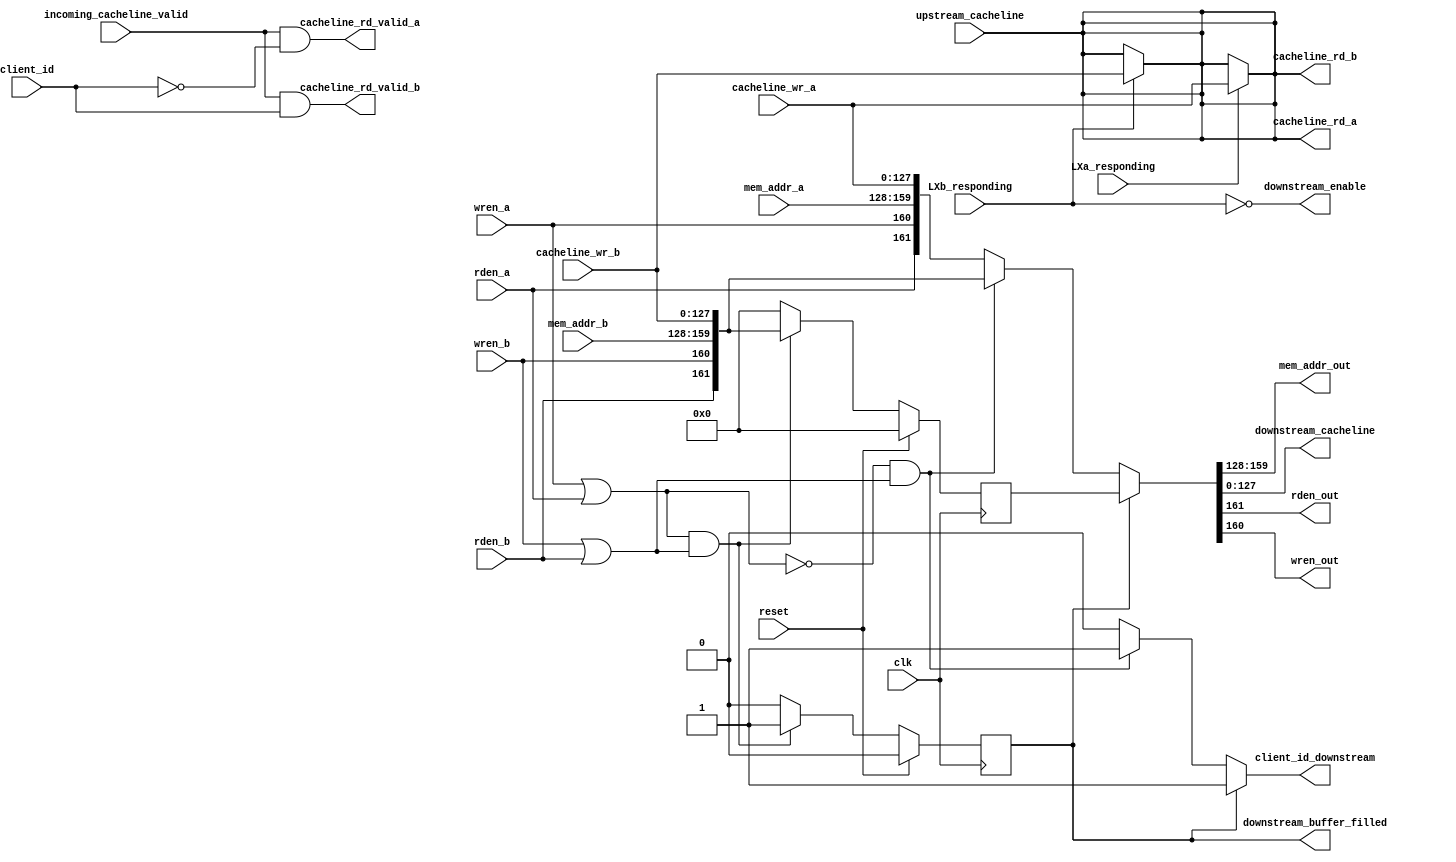
module arbiter(
	// LXa interface
	input  wire [031:0] mem_addr_a,
	input  wire [127:0] cacheline_wr_a,
	input  wire rden_a, wren_a,
	output wire [127:0] cacheline_rd_a,
	output wire cacheline_rd_valid_a,
	input  wire LXa_responding,
	// LXb interface
	input  wire [031:0] mem_addr_b,
	input  wire [127:0] cacheline_wr_b,
	input  wire rden_b, wren_b,
	output wire [127:0] cacheline_rd_b,
	output wire cacheline_rd_valid_b,
	input  wire LXb_responding,
	// memory interface
	input  wire client_id,						// used for returning read requests. Tells about who the issuing client was. 1 for B, 0 for A.
	output reg  client_id_downstream,
	output wire downstream_enable,
	output reg  [031:0] mem_addr_out,
	output reg  [127:0] downstream_cacheline,
	output reg  rden_out, wren_out,
	input  wire [127:0] upstream_cacheline,
	input  wire incoming_cacheline_valid,
	// misc. signals
	output reg  downstream_buffer_filled,
	input  wire clk, reset
);
	// Snooper based data-routing || hotlink datapath.
	assign cacheline_rd_a = LXb_responding ? cacheline_wr_b : upstream_cacheline;
	assign cacheline_rd_b = LXa_responding ? cacheline_wr_a : upstream_cacheline;

	// disable downstream if upstream is in a private conflict resolution
	assign downstream_enable = ~(LXb_responding | LXb_responding);

	// *** *** *** Downstream Arbitration *** *** *** //
	reg  [128+32+2-1:0] downstream_buffer;

	// MAIN IDEA: If two requests arrive together, one of them goes to the waiting buffer. downstream_buffer_filled goes high.
	// WARN: utilized if two requests arrive at once. In this case back pressure MUST be asserted to let upstream know that further requests are absolute no-no.
	always @(posedge clk) begin
		if(reset)
			{downstream_buffer_filled, downstream_buffer} <= 163'd0;
		else if((wren_a | rden_a) & (wren_b | rden_b)) begin
			downstream_buffer_filled <= 1'b1;
			downstream_buffer <= {rden_b, wren_b, mem_addr_b, cacheline_wr_b};
		end
		else begin
			downstream_buffer_filled <= 1'b0;
			downstream_buffer <= 160'd0;
		end
	end

	always @(*) begin
		if(downstream_buffer_filled) begin						// if downstream buffer filled -> Prioritise buffer
			client_id_downstream = 1'd1;									// because downstream buffer only saves requests from B
			{rden_out, wren_out, mem_addr_out, downstream_cacheline} <= downstream_buffer;
		end
		else if(~(wren_a | rden_a) & (wren_b | rden_b)) begin		// if request is only from B   -> issue B
			client_id_downstream = 1'd1;
			{rden_out, wren_out, mem_addr_out, downstream_cacheline} <= {rden_b, wren_b, mem_addr_b, cacheline_wr_b};
		end
		else begin												// if request is only from A, or if it is from both A and B (or from neither) ->  Prioritise A
			client_id_downstream = 1'd0;
			{rden_out, wren_out, mem_addr_out, downstream_cacheline} <= {rden_a, wren_a, mem_addr_a, cacheline_wr_a};
		end
	end
	
	// *** *** *** Upstream Arbitration *** *** *** //
	assign cacheline_rd_a = upstream_cacheline;
	assign cacheline_rd_b = upstream_cacheline;

	// Simply assert the valid signal for the L1 cache with the correct ID.
	assign cacheline_rd_valid_a = incoming_cacheline_valid & (client_id == 1'd0);
	assign cacheline_rd_valid_b = incoming_cacheline_valid & (client_id == 1'd1);
endmodule